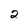
Character: 2